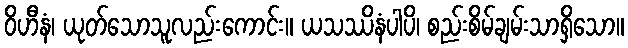
ဝိဟီနံ၊ ယုတ်သောသူလည်းကောင်း။ ယသဿိနံပါပိ၊ စည်းစိမ်ချမ်းသာရှိသော။